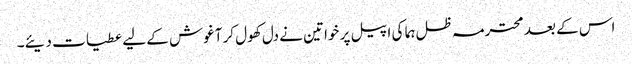
اس کے بعد محترمہ ظل ہما کی اپیل پر خواتین نے دل کھول کر آغوش کے لیے عطیات دیئے۔